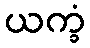
ယက္ခံ